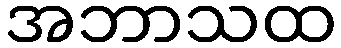
အဘာသထ